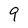
Character: 9